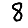
Digit: 8